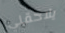
يلاحقني